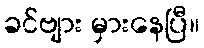
ခင်ဗျား မှားနေပြီ။